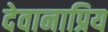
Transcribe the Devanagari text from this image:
देवानाप्रिय